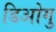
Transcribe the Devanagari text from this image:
डिओगु